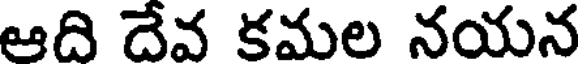
ఆది దేవ కమల నయన